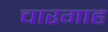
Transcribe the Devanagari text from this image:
चारगाह